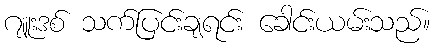
ဂျူးဒစ် သက်ပြင်းချရင်း ခေါင်းယမ်းသည်။